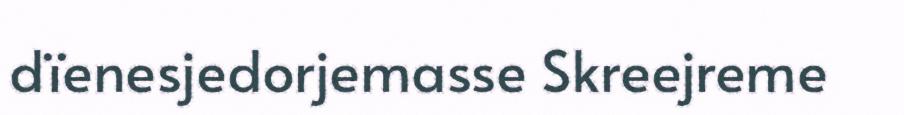
dïenesjedorjemasse Skreejreme